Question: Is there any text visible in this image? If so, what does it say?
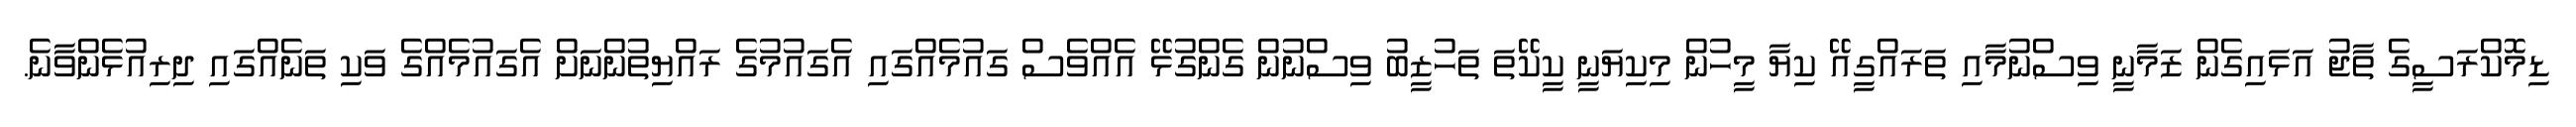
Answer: ޑިމޮކްރަސީގެ ތާޖު އަޅައިގެން ޒަމާނީ ވިސްނުމާއި ތަރައްގީއޭ ކިޔާ މީހުން މިކިޔަނީ ކީކޭތަ ތަހުޒީބު ވިސްނުން ގެންގުޅޭ އެއްވެސް ގައުމެއްގައި އެގައުމުގެ ރައްޔިތުންނަށް އެގައުމެއްގެ ވަކި ތަނެއްގައި ދިރިއުޅެންވާނެ.